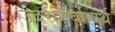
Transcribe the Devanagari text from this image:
उदरनिर्वाहार्थ